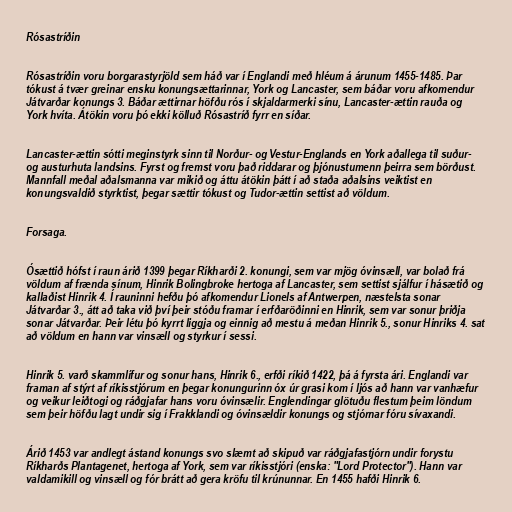
Rósastríðin

Rósastríðin voru borgarastyrjöld sem háð var í Englandi með hléum á árunum 1455-1485. Þar
tókust á tvær greinar ensku konungsættarinnar, York og Lancaster, sem báðar voru afkomendur
Játvarðar konungs 3. Báðar ættirnar höfðu rós í skjaldarmerki sínu, Lancaster-ættin rauða og
York hvíta. Átökin voru þó ekki kölluð Rósastríð fyrr en síðar.

Lancaster-ættin sótti meginstyrk sinn til Norður- og Vestur-Englands en York aðallega til suður-
og austurhuta landsins. Fyrst og fremst voru það riddarar og þjónustumenn þeirra sem börðust.
Mannfall meðal aðalsmanna var mikið og áttu átökin þátt í að staða aðalsins veiktist en
konungsvaldið styrktist, þegar sættir tókust og Tudor-ættin settist að völdum.

Forsaga.

Ósættið hófst í raun árið 1399 þegar Ríkharði 2. konungi, sem var mjög óvinsæll, var bolað frá
völdum af frænda sínum, Hinrik Bolingbroke hertoga af Lancaster, sem settist sjálfur í hásætið og
kallaðist Hinrik 4. Í rauninni hefðu þó afkomendur Lionels af Antwerpen, næstelsta sonar
Játvarðar 3., átt að taka við því þeir stóðu framar í erfðaröðinni en Hinrik, sem var sonur þriðja
sonar Játvarðar. Þeir létu þó kyrrt liggja og einnig að mestu á meðan Hinrik 5., sonur Hinriks 4. sat
að völdum en hann var vinsæll og styrkur í sessi.

Hinrik 5. varð skammlífur og sonur hans, Hinrik 6., erfði ríkið 1422, þá á fyrsta ári. Englandi var
framan af stýrt af ríkisstjórum en þegar konungurinn óx úr grasi kom í ljós að hann var vanhæfur
og veikur leiðtogi og ráðgjafar hans voru óvinsælir. Englendingar glötuðu flestum þeim löndum
sem þeir höfðu lagt undir sig í Frakklandi og óvinsældir konungs og stjórnar fóru sívaxandi.

Árið 1453 var andlegt ástand konungs svo slæmt að skipuð var ráðgjafastjórn undir forystu
Ríkharðs Plantagenet, hertoga af York, sem var ríkisstjóri (enska: "Lord Protector"). Hann var
valdamikill og vinsæll og fór brátt að gera kröfu til krúnunnar. En 1455 hafði Hinrik 6.